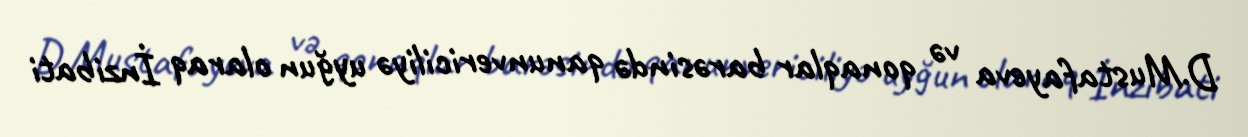
D.Mustafayeva və qonaqlar barəsində qanunvericiliyə uyğun olaraq İnzibati